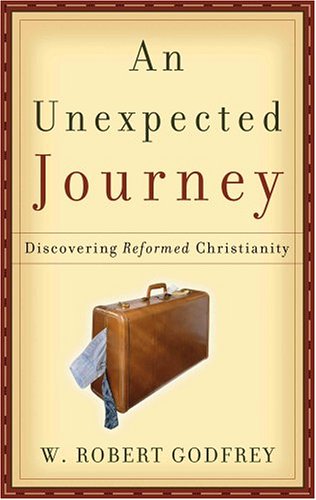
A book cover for An Unexpected Journey: Discovering Reformed Christianity; W. Robert Godfrey; Christian Books & Bibles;